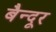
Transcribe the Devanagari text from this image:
बैन्दूर